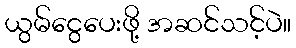
ယွမ်ငွေပေးဖို့ အဆင်သင့်ပဲ။